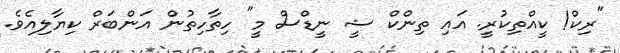
"ރިކް! ކީއްތިކުރީ. އައި ތިންކް ޝީ ނީޑްސް މީ" ހިތާހިތުން އަންބަރް ކިޔާލިއެވެ.